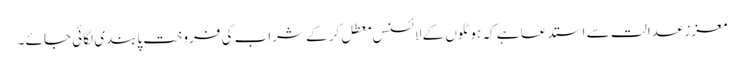
معزز عدالت سے استدعا ہے کہ ہوٹلوں کے لائسنس معطل کر کے شراب کی فروخت پابندی لگائی جائے ۔